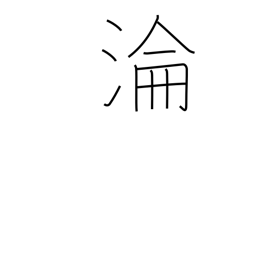
Meaning: ripple